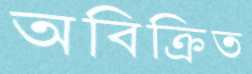
অবিক্রিত